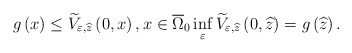
\begin{align*}g\left(x\right)\leq \widetilde{V}_{\varepsilon ,\widehat{z}}\left(0,x\right),x\in \overline{\Omega }_{0}\inf_{\varepsilon }\widetilde{V}_{\varepsilon ,\widehat{z}}\left(0,\widehat{z}\right)=g\left(\widehat{z}\right).\end{align*}